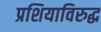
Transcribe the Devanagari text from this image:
प्रशियाविरुद्ध